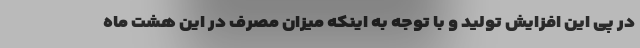
در پی این افزایش تولید و با توجه به اینکه میزان مصرف در این هشت ماه